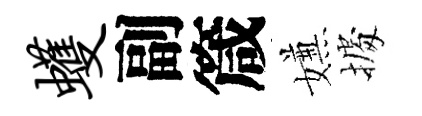
蠖副箴嫌𢴃